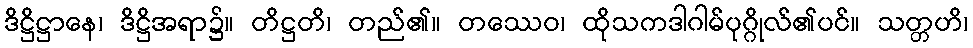
ဒိဋ္ဌိဋ္ဌာနေ၊ ဒိဋ္ဌိအရာ၌။ တိဋ္ဌတိ၊ တည်၏။ တဿေဝ၊ ထိုသကဒါဂါမ်ပုဂ္ဂိုလ်၏ပင်။ သတ္တဟိ၊